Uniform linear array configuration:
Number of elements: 32
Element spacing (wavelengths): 0.75
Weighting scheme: binomial
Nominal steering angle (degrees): -15
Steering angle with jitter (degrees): -13.599
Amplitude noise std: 0.05
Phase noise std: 0.05

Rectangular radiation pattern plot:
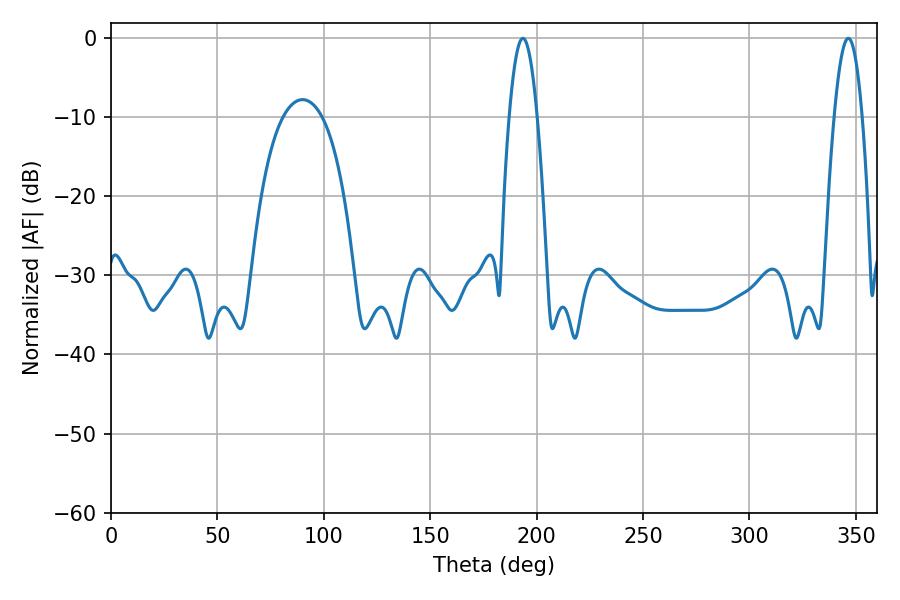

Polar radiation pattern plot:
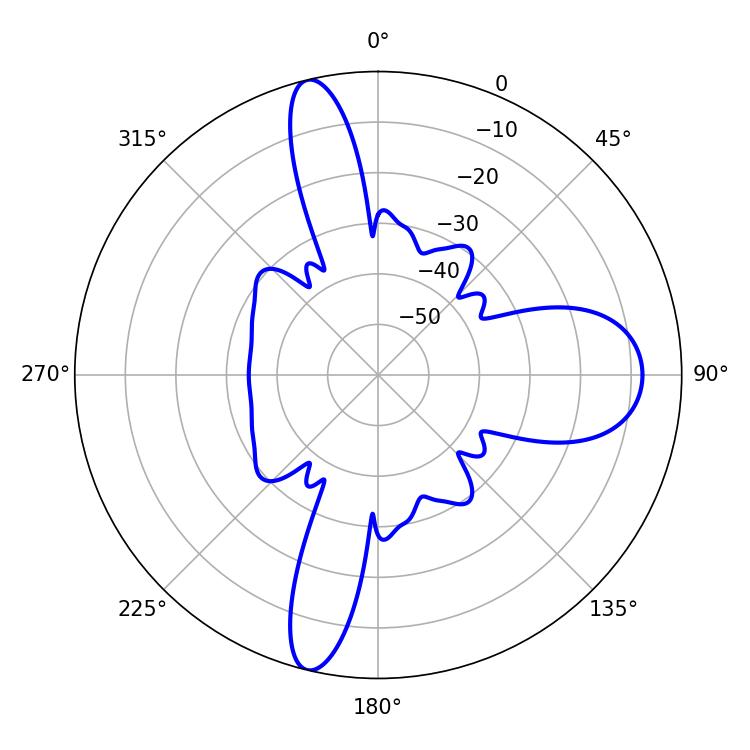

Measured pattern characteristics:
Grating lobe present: TRUE
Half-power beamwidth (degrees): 7.02
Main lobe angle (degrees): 193.5